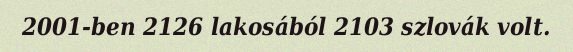
2001-ben 2126 lakosából 2103 szlovák volt.